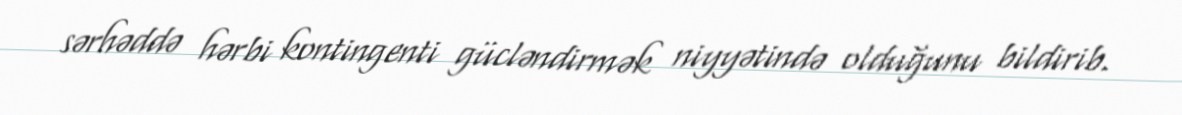
sərhəddə hərbi kontingenti gücləndirmək niyyətində olduğunu bildirib.